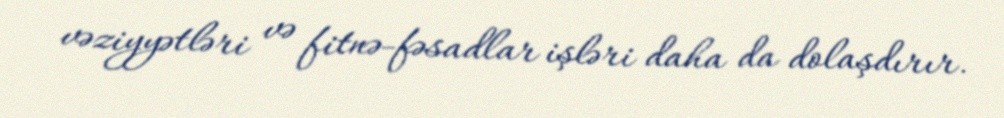
vəziyyətləri və fitnə-fəsadlar işləri daha da dolaşdırır.